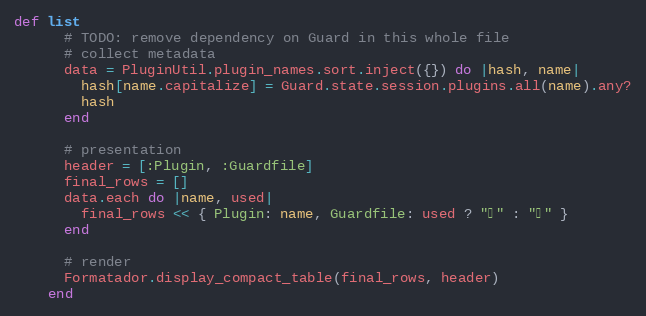
Language: Ruby
def list
      # TODO: remove dependency on Guard in this whole file
      # collect metadata
      data = PluginUtil.plugin_names.sort.inject({}) do |hash, name|
        hash[name.capitalize] = Guard.state.session.plugins.all(name).any?
        hash
      end

      # presentation
      header = [:Plugin, :Guardfile]
      final_rows = []
      data.each do |name, used|
        final_rows << { Plugin: name, Guardfile: used ? "✔" : "✘" }
      end

      # render
      Formatador.display_compact_table(final_rows, header)
    end